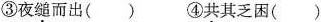
③夜缒而出() ④共其乏困()